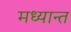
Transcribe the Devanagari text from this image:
मध्यान्त